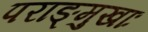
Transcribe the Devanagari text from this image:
पराङ्मुखाः